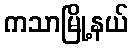
ကသာမြို့နယ်